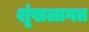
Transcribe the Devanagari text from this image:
शृंखलागत